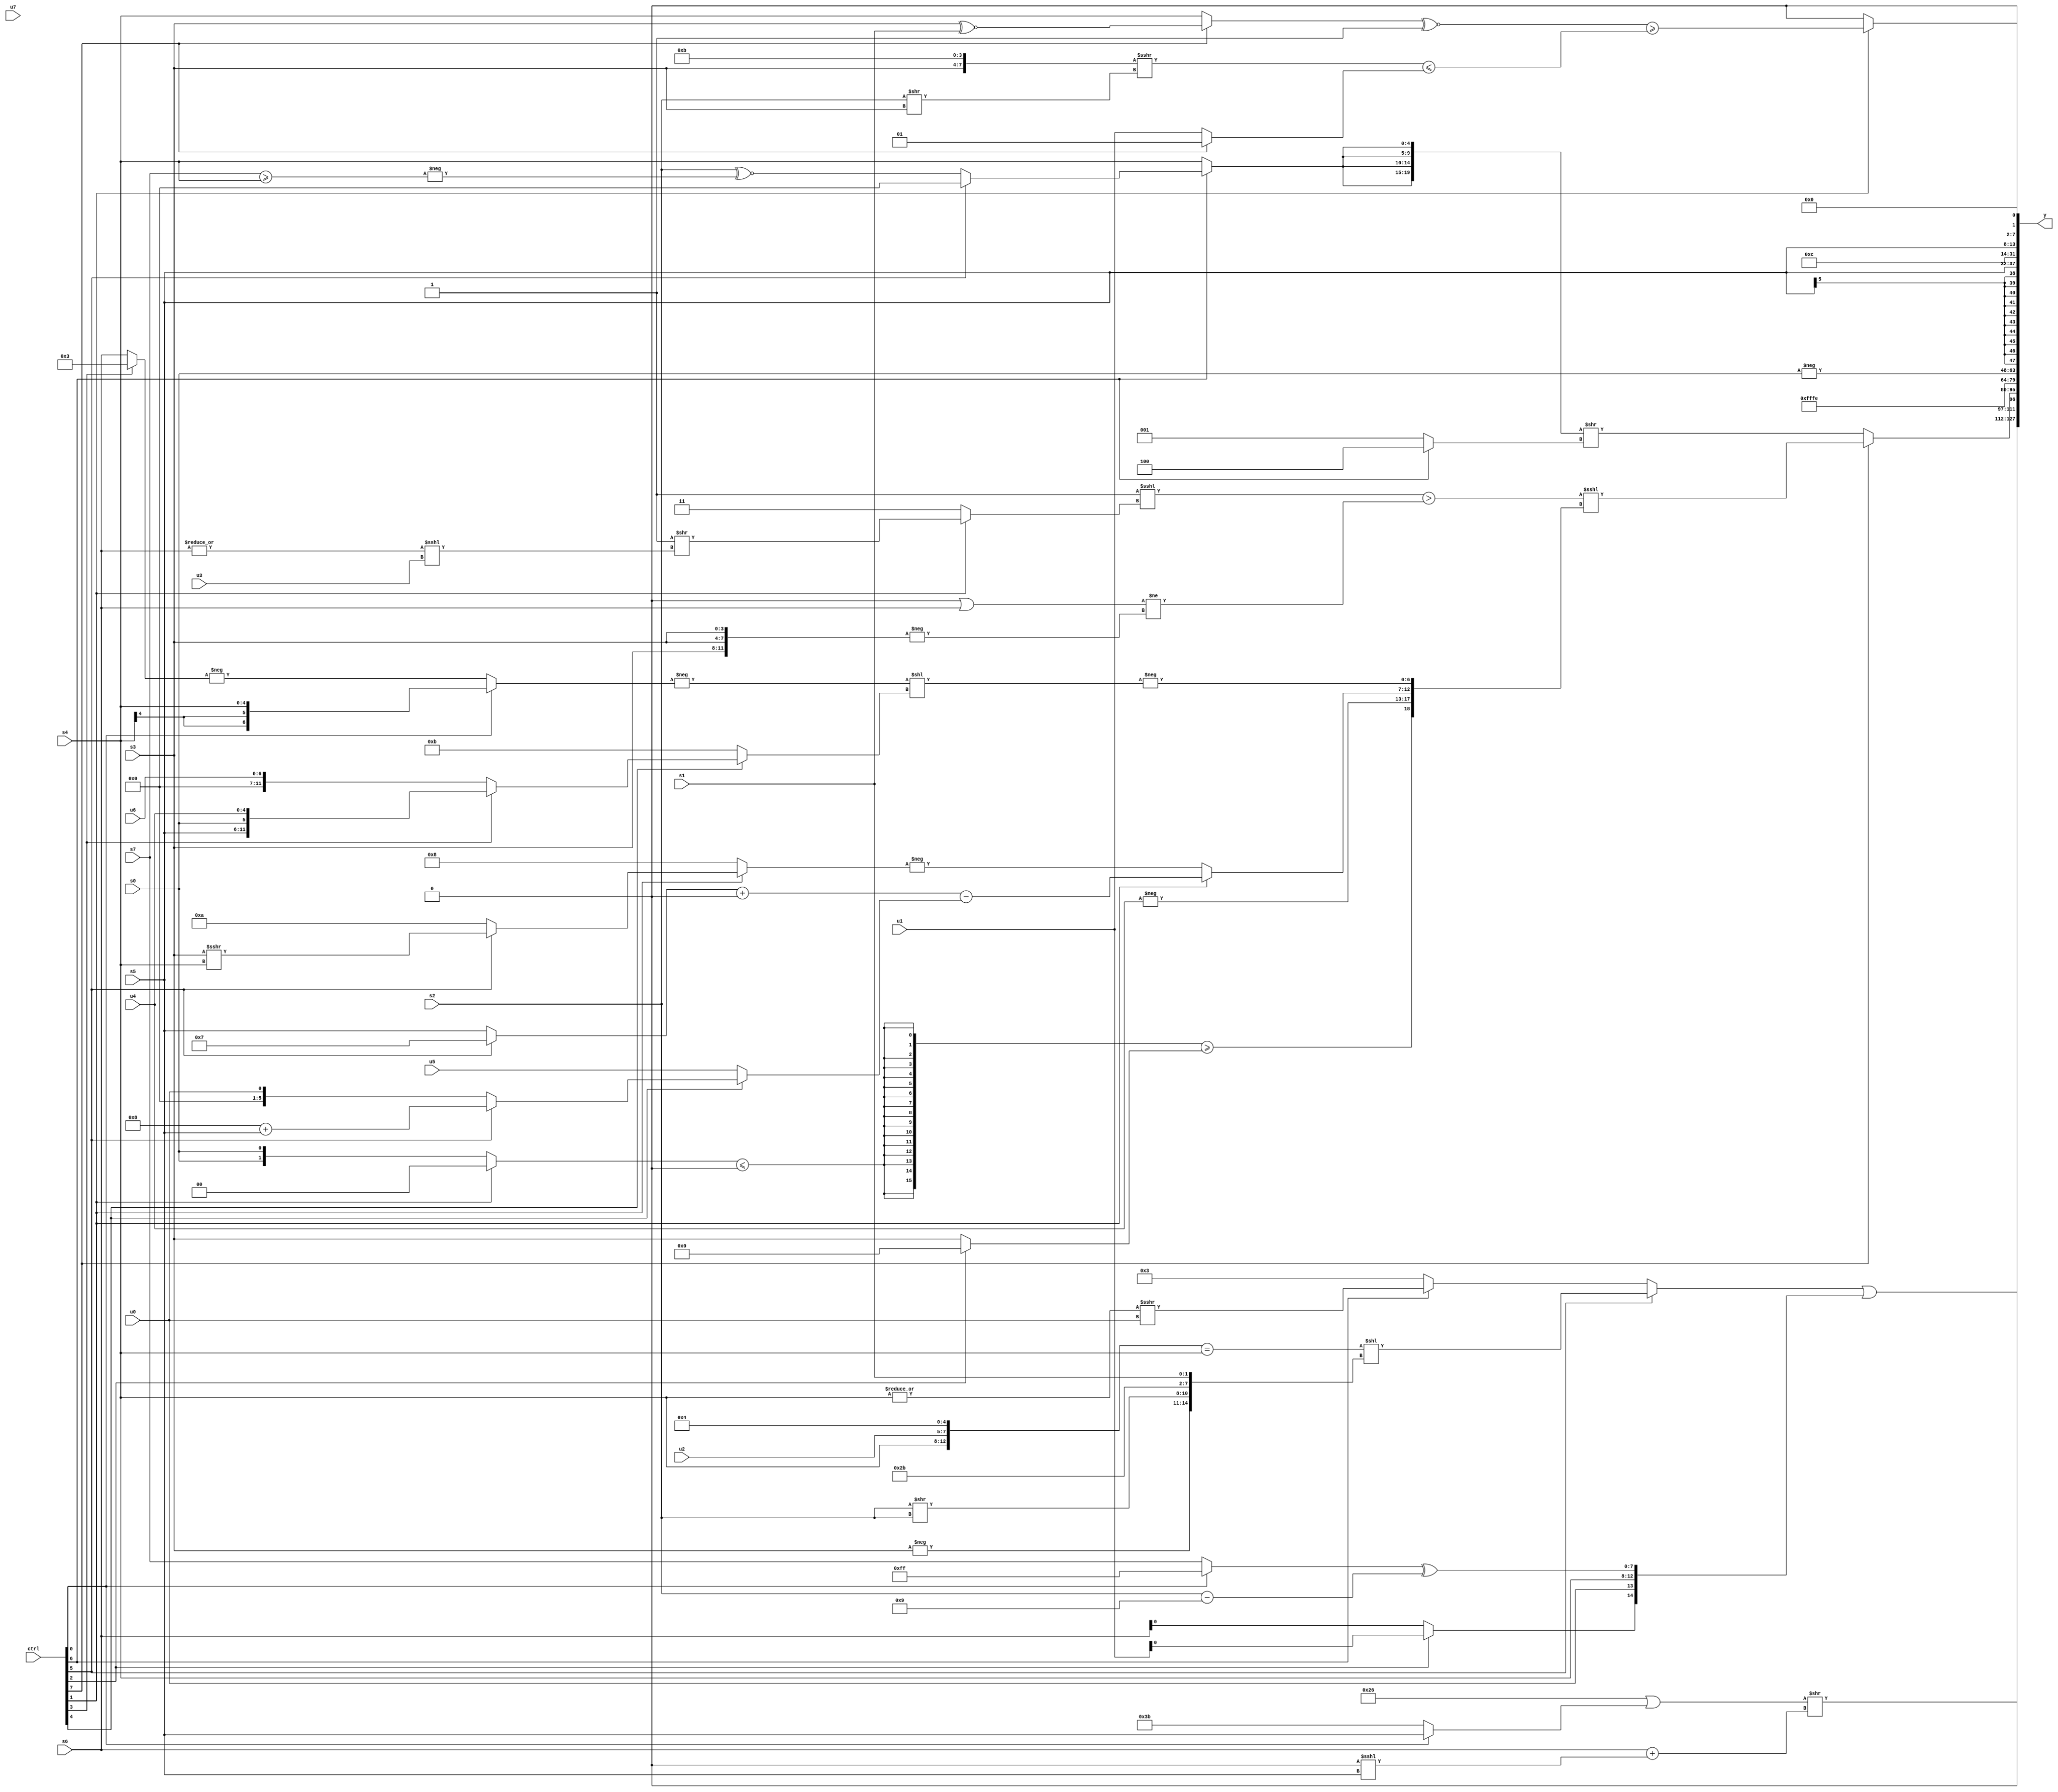
module wideexpr_00549(ctrl, u0, u1, u2, u3, u4, u5, u6, u7, s0, s1, s2, s3, s4, s5, s6, s7, y);
  input [7:0] ctrl;
  input [0:0] u0;
  input [1:0] u1;
  input [2:0] u2;
  input [3:0] u3;
  input [4:0] u4;
  input [5:0] u5;
  input [6:0] u6;
  input [7:0] u7;
  input signed [0:0] s0;
  input signed [1:0] s1;
  input signed [2:0] s2;
  input signed [3:0] s3;
  input signed [4:0] s4;
  input signed [5:0] s5;
  input signed [6:0] s6;
  input signed [7:0] s7;
  output [127:0] y;
  wire [15:0] y0;
  wire [15:0] y1;
  wire [15:0] y2;
  wire [15:0] y3;
  wire [15:0] y4;
  wire [15:0] y5;
  wire [15:0] y6;
  wire [15:0] y7;
  assign y = {y0,y1,y2,y3,y4,y5,y6,y7};
  assign y0 = ($signed((-(6'sb011010))|($signed((ctrl[0]?$signed(s5):$signed(4'sb1011))))))>>((s6)+($signed((1'sb0)<<<(s5))));
  assign y1 = {(ctrl[4]?(ctrl[2]?(ctrl[1]?(ctrl[0]?$signed(s3):(ctrl[3]?s1:2'sb11)):-({2'sb10,s5})):(2'sb11)>>>(5'b10110)):(ctrl[5]?(((ctrl[3]?4'sb0010:2'sb01))+(s5))-(((6'sb100100)>>>(4'b1101))|(5'sb01011)):(ctrl[6]?($signed(s5))>>((u7)-(2'b11)):+(s2)))),((ctrl[5]?(({s4,u2,5'sb00100})==($signed(s4)))<<({-(s3),(s2)>>(s2),6'sb101011,s1}):(ctrl[6]?(|(s4))>>>(+(u0)):3'sb011)))|({(((s1)>>>(s2))^(s4))+($signed((ctrl[4]?s7:s0))),{{$unsigned(1'sb1)},{5'sb01001,(s4)>>>(s5),(ctrl[6]?5'b11001:5'sb01001)},(ctrl[2]?{4{u1}}:{s0,s1,5'sb00000,s6}),u0},s4,$signed(((ctrl[0]?1'sb1:s7))^((s2)-(5'sb11001)))}),$signed(~|($unsigned(2'b01)))};
  assign y2 = (ctrl[7]?(((+(~&(2'b01)))<<<((ctrl[1]?(1'sb1)>>($unsigned((|(s6))<<<(u3))):$signed(2'sb11))))>($signed((((4'sb0101)>>>(4'b1000))|(s6))!=(-({3{s3}})))))<<<({({4{{4{{1{((ctrl[1]?2'sb00:s0))<=((s7)<<<(4'sb1101))}}}}}})>=((ctrl[2]?{4{3'b000}}:s3)),-(u4),(ctrl[1]?(($signed((ctrl[5]?4'sb0111:s5)))+(2'sb00))-((ctrl[4]?(ctrl[4]?(ctrl[5]?(4'sb1000)+(s5):$signed(u0)):(ctrl[5]?(ctrl[4]?6'sb000000:s3):(ctrl[4]?s5:s3))):+(+(u5)))):-(+((ctrl[1]?(ctrl[5]?(s3)>>>(s4):4'sb1010):6'sb001000)))),-((-((ctrl[0]?s4:-((ctrl[3]?3'sb011:s6)))))<<({1{(ctrl[4]?(ctrl[3]?{s5,s0,u4}:u6):4'sb1011)}}))}):$unsigned(({4{(ctrl[6]?(ctrl[5]?$signed(((3'sb111)==(2'sb01))>>(^(5'sb01001))):(s2)^~(-((s7)>=(s4)))):s4)}})>>(+($signed((ctrl[6]?$signed(4'sb0100):(-(1'sb0))-(5'sb11111)))))));
  assign y3 = 2'sb10;
  assign y4 = -($signed(s0));
  assign y5 = +($signed(s5));
  assign y6 = 4'b0011;
  assign y7 = {s5,!(((((ctrl[3]?((ctrl[7]?2'sb01:1'sb1))>>>(s6):(ctrl[3]?(5'sb11101)<<<(u6):(s0)>>(1'sb0))))<<($signed({3{$unsigned(3'sb010)}})))<<<(1'sb0))^~(4'sb0000)),(ctrl[1]?({$signed(((ctrl[7]?(s3)^~(s1):s4))^~((-(2'sb01))>>>(^(5'sb01001))))})>=((({$signed(s3),$signed(+(4'sb1011))})>>>($signed($signed((s2)>>(s3)))))<=((ctrl[7]?!(1'b0):u1))):6'b000000),$unsigned(({2'sb01,$signed(1'sb1),({1{((6'b000100)<<<(5'sb10001))!=(6'sb000111)}})^($signed(((s6)<<<(s4))>>(2'sb10)))})==((s7)<=(((u1)&(^((ctrl[4]?3'sb000:6'sb101100))))+($unsigned({2{(s0)<<(s0)}})))))};
endmodule